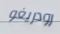
رودريغو